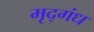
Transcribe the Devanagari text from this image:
मृद्‌गंध